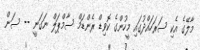
މާލޭގެ އެކި ސަރަހައްދުގައި މީހުންގެ ކޮވިޑް ރެންޑަމް ސާމްޕަލް ނަގަނީ -- ސަން